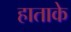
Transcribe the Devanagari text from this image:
हाताके